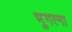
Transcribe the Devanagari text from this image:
भुगत्ना